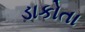
ડાકોતા